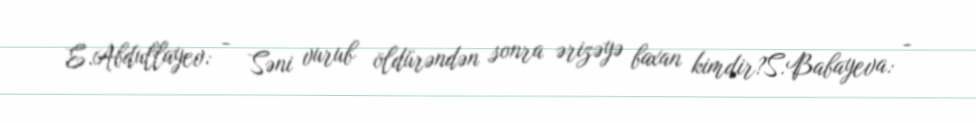
E.Abdullayev: - Səni vurub öldürəndən sonra ərizəyə baxan kimdir?S.Babayeva: -